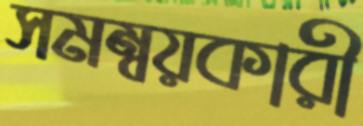
সমম্বয়কারী